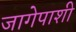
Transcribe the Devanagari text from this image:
जागेपाशी